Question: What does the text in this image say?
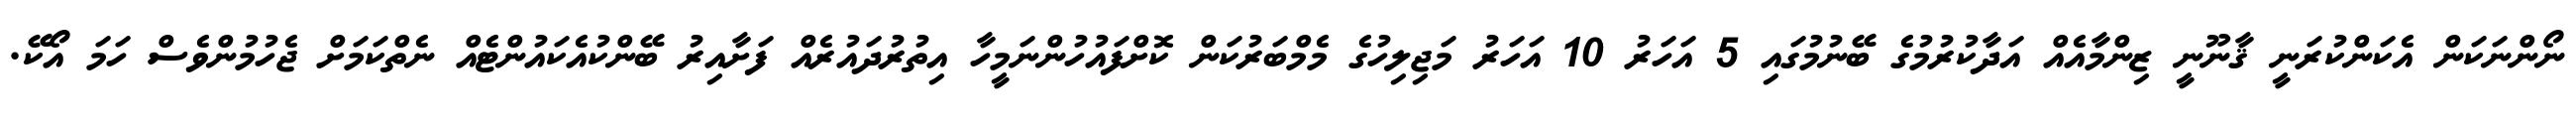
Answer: ނޯންނަކަން އެކަންކުރަނީ ޤާނޫނީ ޒިންމާއެއް އަދާކުރުމުގެ ބޭނުމުގައި 5 އަހަރު 10 އަހަރު މަޖިލިހުގެ މެމްބަރުކަން ކޮށްފައުހުންނަމީހާ އިތުރުދައުރެއް ފަށާއިރު ބޭންކުއެކައުންޓެއް ނެތްކަމަށް ޖެހުމުންވެސް ހަމަ އޯކޭ.